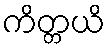
ကိတ္တယိ